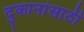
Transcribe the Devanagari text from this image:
दुकानांसाठी